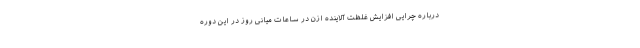
درباره چرایی افزایش غلظت آلاینده ازن در ساعات میانی روز در این دوره